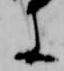
に